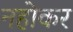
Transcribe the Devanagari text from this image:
नहोकर